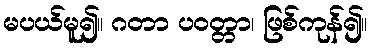
မပယ်မူ၍။ ဂတာ ပဝတ္တာ၊ ဖြစ်ကုန်၍။